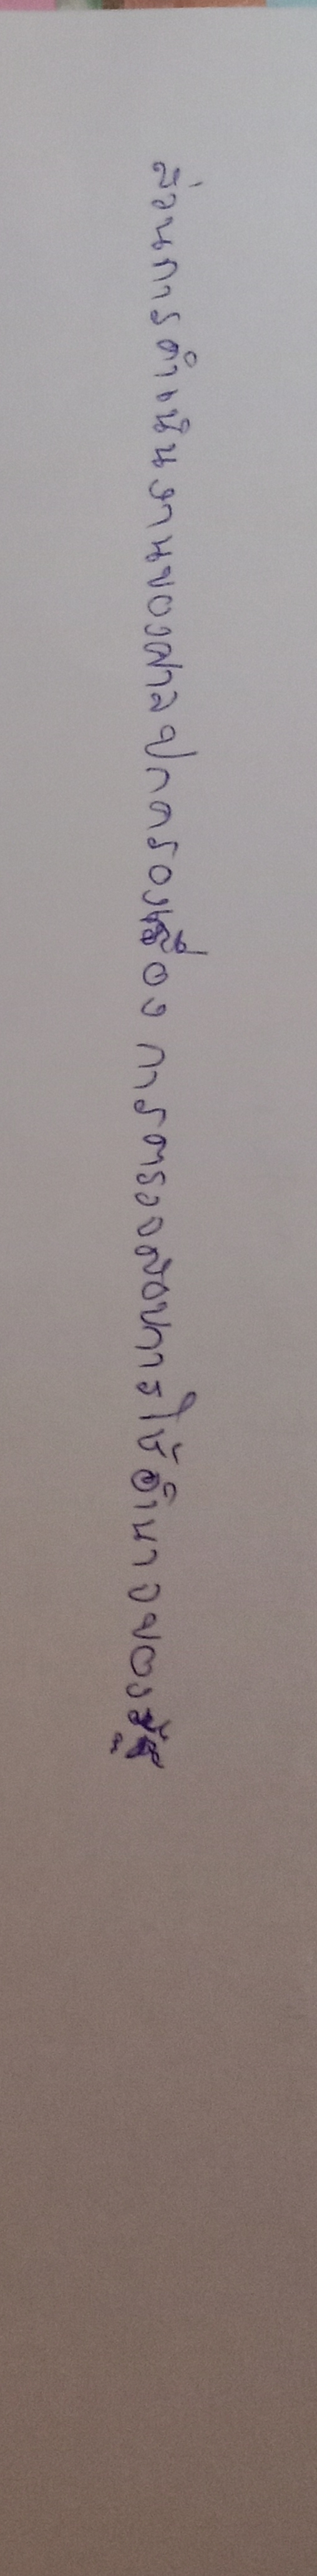
ส่วนการดำเนินงานของศาลปกครองเป็นเรื่องการตรวจสอบการใช้อำนาจของรัฐ